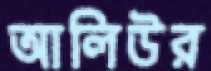
আলিউর